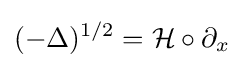
(-\Delta )^{1/2}={\mathcal {H}}\circ \partial _{x}